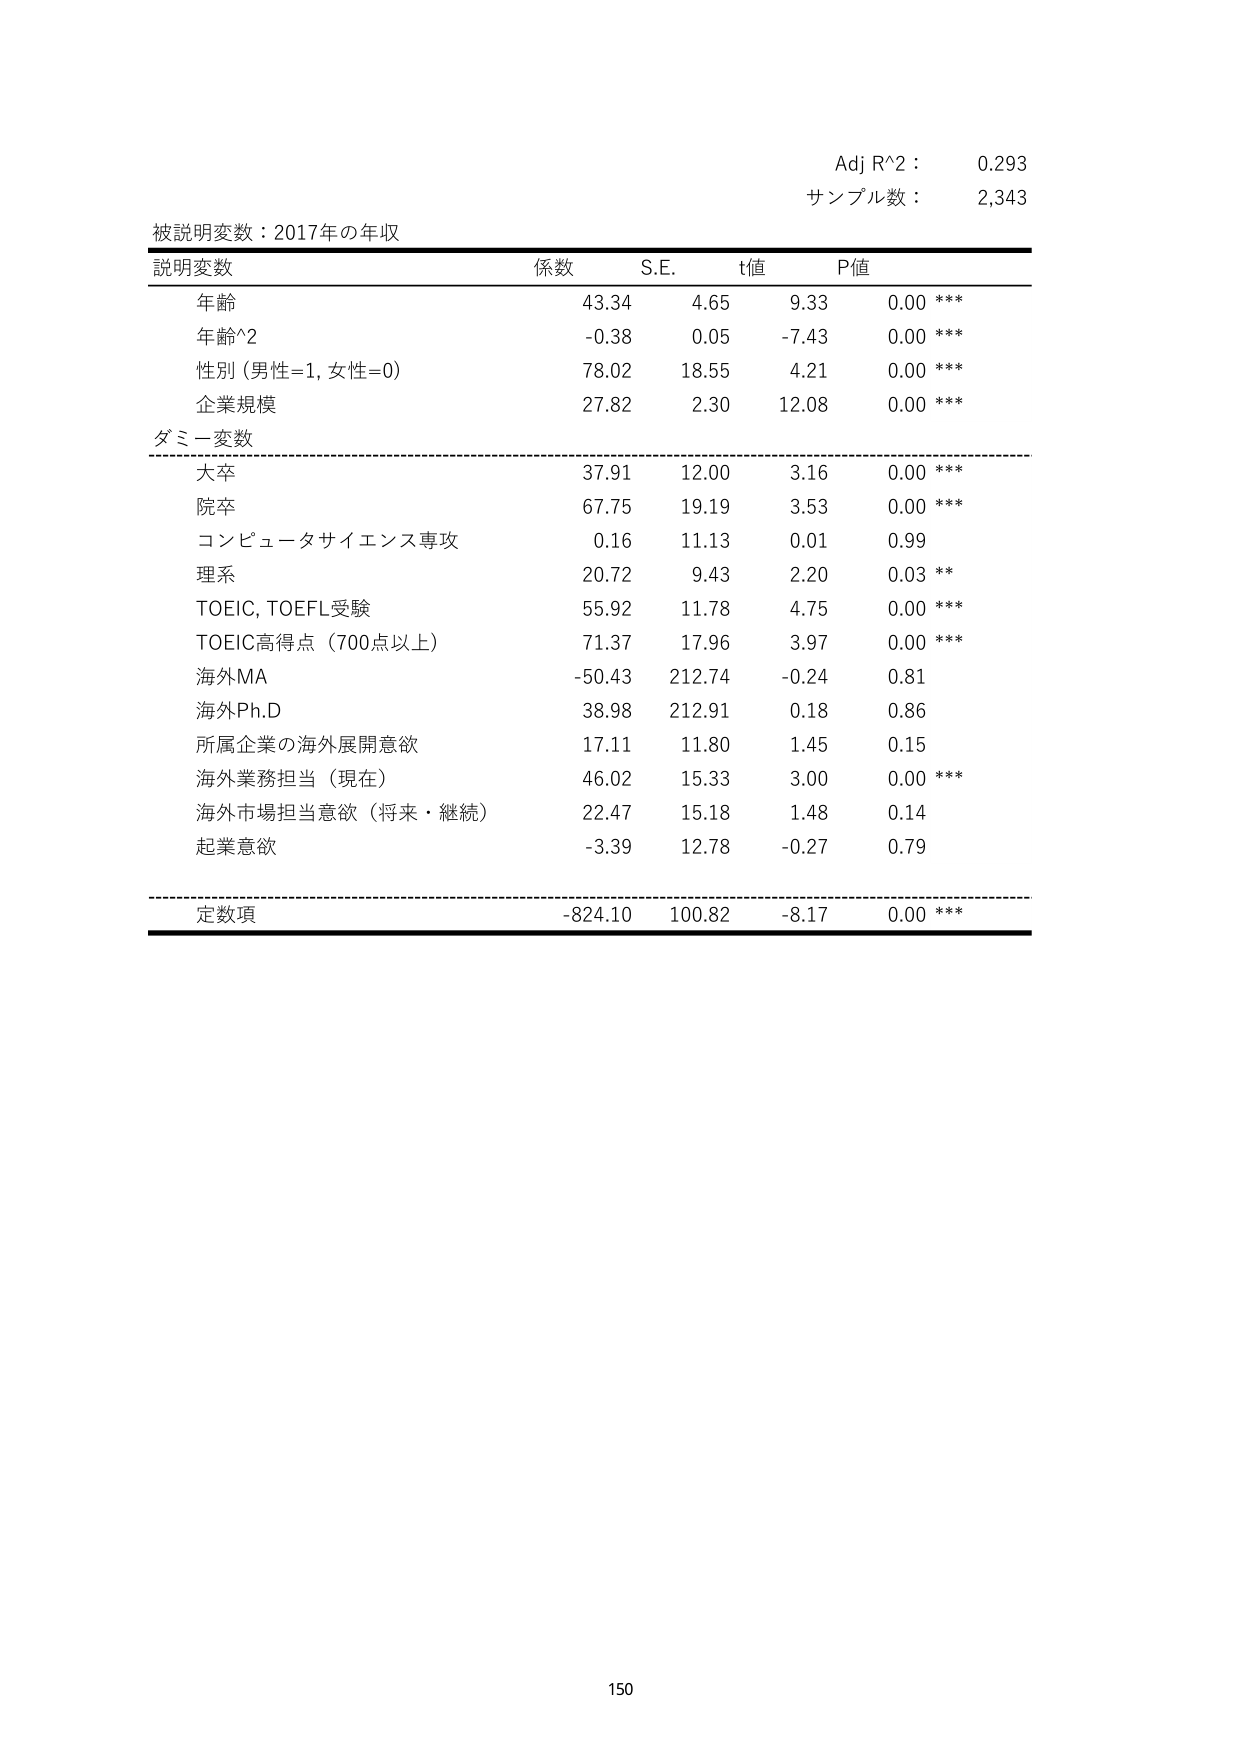
Adj R^2 : 0.293
サンプル数 : 2,343

被説明変数：2017年の年収

説明変数　　係数　　S.E.　　t値　　P値
年齢　　　　43.34　　4.65　　9.33　　0.00 ***
年齢^2　　　-0.38　　0.05　　-7.43　　0.00 ***
性別（男性=1, 女性=0）　78.02　　18.55　　4.21　　0.00 ***
企業規模　　27.82　　2.30　　12.08　　0.00 ***

ダミー変数
大卒　　　　37.91　　12.00　　3.16　　0.00 ***
院卒　　　　67.75　　19.19　　3.53　　0.00 ***
コンピュータサイエンス専攻　0.16　　11.13　　0.01　　0.99
理系　　　　20.72　　9.43　　2.20　　0.03 **
TOEIC, TOEFL受験　　55.92　　11.78　　4.75　　0.00 ***
TOEIC高得点（700点以上）　71.37　　17.96　　3.97　　0.00 ***
海外MA　　　-50.43　　212.74　　-0.24　　0.81
海外Ph.D　　38.98　　212.91　　0.18　　0.86
所属企業の海外展開意欲　17.11　　11.80　　1.45　　0.15
海外業務担当（現在）　46.02　　15.33　　3.00　　0.00 ***
海外市場担当意欲（将来・継続）　22.47　　15.18　　1.48　　0.14
起業意欲　　-3.39　　12.78　　-0.27　　0.79

定数項　　-824.10　　100.82　　-8.17　　0.00 ***

150